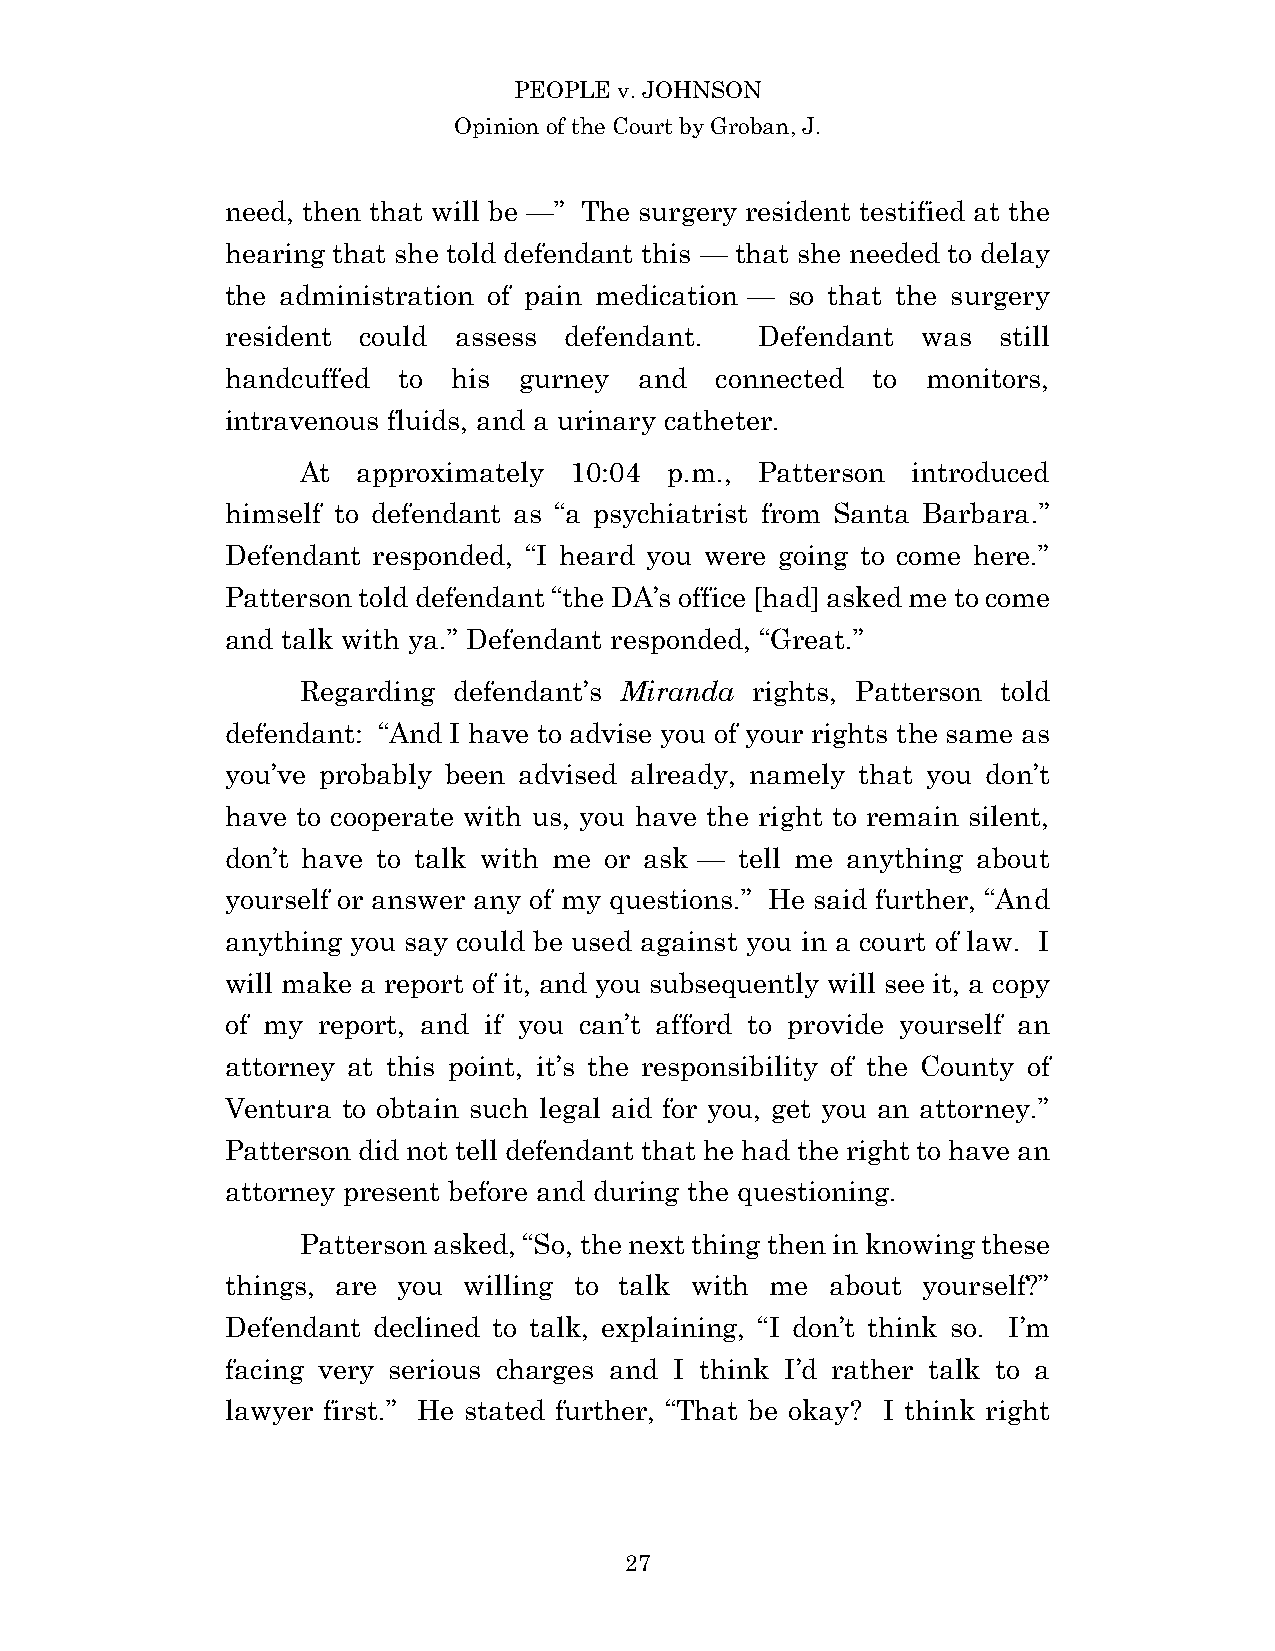
PEOPLE v. JOHNSON
 Opinion of the Court by Groban, J.
 need, then that will be —” The surgery resident testified at the
 hearing that she told defendant this — that she needed to delay
 the administration of pain medication — so that the surgery
 resident could assess defendant.   Defendant  was  still
 handcuffed to  his gurney  and  connected  to monitors,
 intravenous fluids, and a urinary catheter.
 At  approximately 10:04 p.m., Patterson introduced
 himself to defendant as “a psychiatrist from Santa Barbara.”
 Defendant responded, “I heard you were going to come here.”
 Patterson told defendant “the DA’s office [had] asked me to come
 and talk with ya.” Defendant responded, “Great.”
 Regarding defendant’s Miranda rights, Patterson told
 defendant: “And I have to advise you of your rights the same as
 you’ve probably been advised already, namely that you don’t
 have to cooperate with us, you have the right to remain silent,
 don’t have to talk with me or ask — tell me anything about
 yourself or answer any of my questions.” He said further, “And
 anything you say could be used against you in a court of law. I
 will make a report of it, and you subsequently will see it, a copy
 of my report, and if you can’t afford to provide yourself an
 attorney at this point, it’s the responsibility of the County of
 Ventura to obtain such legal aid for you, get you an attorney.”
 Patterson did not tell defendant that he had the right to have an
 attorney present before and during the questioning.
 Patterson asked, “So, the next thing then in knowing these
 things, are you willing to talk with me about yourself?”
 Defendant declined to talk, explaining, “I don’t think so. I’m
 facing very serious charges and I think I’d rather talk to a
 lawyer first.” He stated further, “That be okay? I think right
 2 7